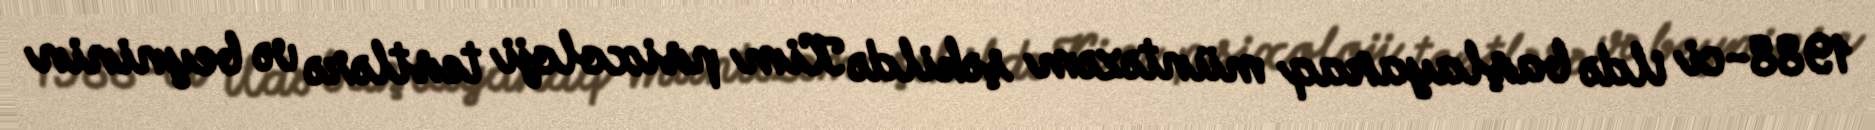
1988-ci ildə başlayaraq müntəzəm şəkildə Kim psixoloji testlərə və beyninin